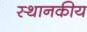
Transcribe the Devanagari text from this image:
स्थानकीय